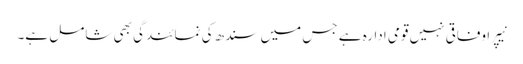
نیپرا وفاقی نہیں قومی ادارہ ہے جس میں سندھ کی نمائندگی بھی شامل ہے۔